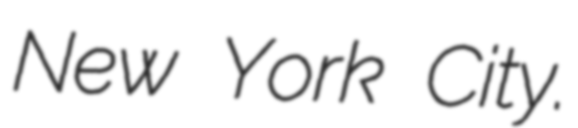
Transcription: New York City.